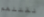
لقتلهم